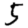
Digit: 5